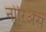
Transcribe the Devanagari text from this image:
नोरिअस